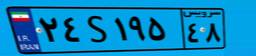
۳۰S۵۵۸۳۵